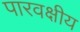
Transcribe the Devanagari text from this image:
पारवक्षीय